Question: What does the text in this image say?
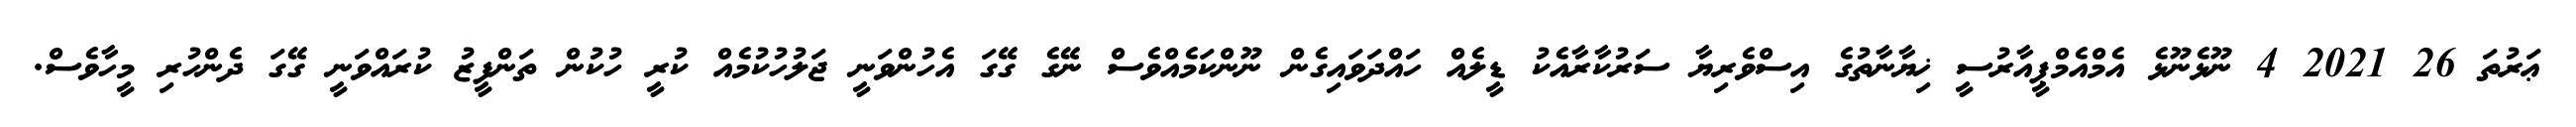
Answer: ޢަރުތަ 26 2021 4 ނޫޅެނޫޅެ އެމްއެމްޕީއާރުސީ ޚިޔާނާތުގެ އިސްވެރިޔާ ސަރުކާރާއެކު ޑީލެއް ހައްދަވައިގެން ނޫންކަމެއްވެސް ނޭގެ ގޭގަ އެހުންވަނީ ޖަލުހުކުމެއް ކުރީ ހުކުން ތަންފީޒު ކުރައްވަނީ ގޭގަ ދެންހުރި މީހާވެސް.